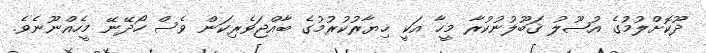
ދޫކޮށްލުމުގެ އުޞޫލު ޤަބޫލުނުކުރާ މީހާ އަކީ ޚިޔާރުކުރުމުގެ ބާއްޖަވެރިކަން ވެސް ހޯދޭނޭ މީހެއްނޫނެވެ.